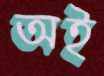
অই